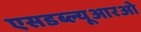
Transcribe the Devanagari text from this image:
एसडब्ल्यूआरओ